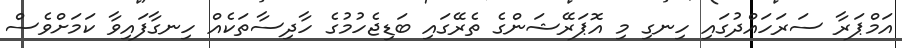
އަމްޕަރާ ސަރަހައްދުގައި ހިނގި މި އޮޕަރޭޝަންގެ ތެރޭގައި ބަޑިޖެހުމުގެ ހާދިސާތަކެއް ހިނގާފައިވާ ކަމަށްވެސް